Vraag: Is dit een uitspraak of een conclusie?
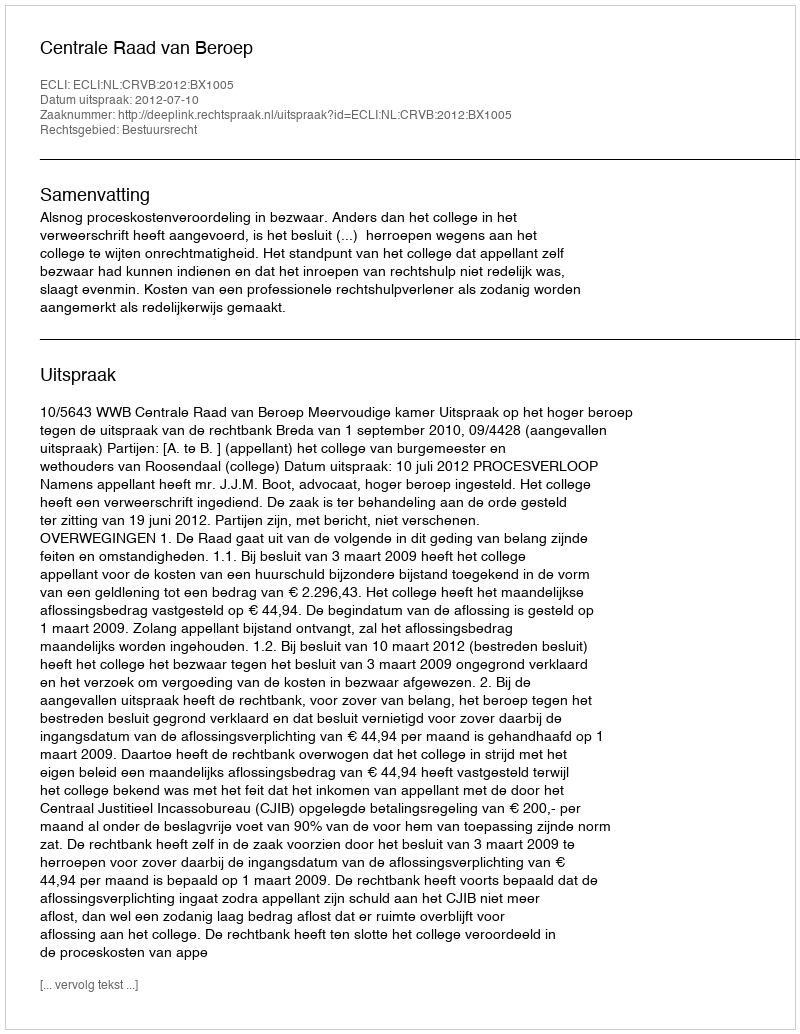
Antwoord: Uitspraak